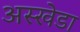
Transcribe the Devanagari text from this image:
अस्खेडा